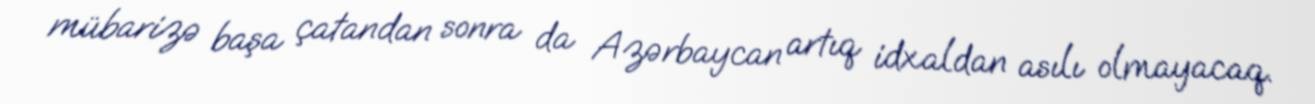
mübarizə başa çatandan sonra da Azərbaycan artıq idxaldan asılı olmayacaq.